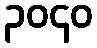
၃၀၄၀